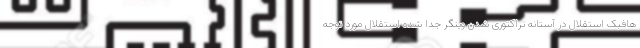
هافبک استقلال در آستانه تراکتوری شدن وینگر جدا شده استقلال مورد توجه